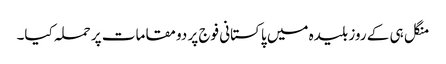
منگل ہی کے روز بلیدہ میں پاکستانی فوج پر دو مقامات پر حملہ کیا۔